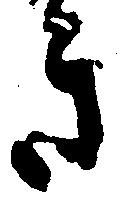
き